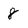
Character: 8